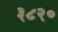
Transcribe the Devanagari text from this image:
३८२०